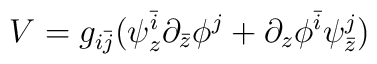
V = g_{i\bar{j}}(\psi_{z}^{\bar{i}}\partial_{\bar{z}}\phi^{j} + \partial_{z}     \phi^{\bar{i}}\psi_{\bar{z}}^{j})